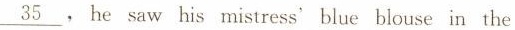
\underline{35} ,he saw his mistress' blue blouse in the